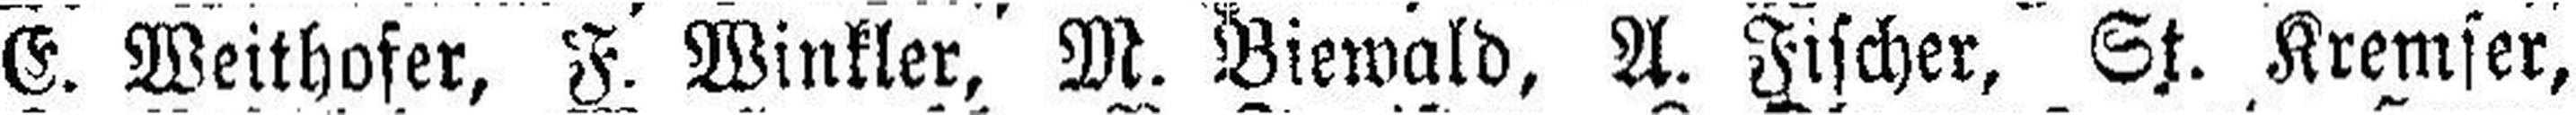
E. Weithofer, F. Winkler, M. Biewald, A. Fischer, St. Kremser,